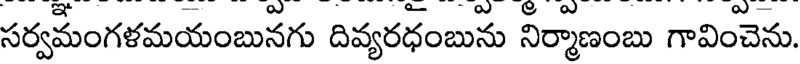
సర్వమంగళమయంబునగు దివ్యరధంబును నిర్మాణంబు గావించెను.